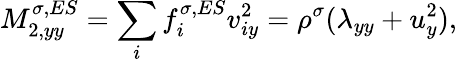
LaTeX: M_{2,yy}^{\sigma,ES}=\sum_{i}f_{i}^{\sigma,ES}v_{iy}^{2}=\rho^{\sigma}(\lambda_{yy}+u_{y}^{2}),